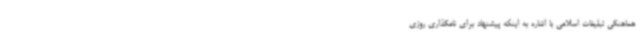
هماهنگی تبلیغات اسلامی با اشاره به اینکه پیشنهاد برای نامگذاری روزی